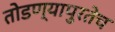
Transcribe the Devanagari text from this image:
तोडण्यापुरतेच